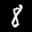
Label: 8